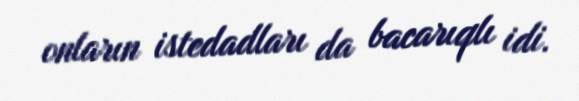
onların istedadları da bacarıqlı idi.